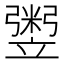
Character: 𥪷